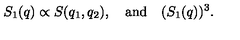
S _ { 1 } ( q ) \propto S ( q _ { 1 } , q _ { 2 } ) , \quad \mathrm { a n d } \quad ( S _ { 1 } ( q ) ) ^ { 3 } .